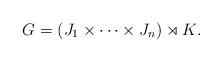
LaTeX: \begin{align*} G = (J_{1} \times\cdots\times J_{n}) \rtimes K. \end{align*}